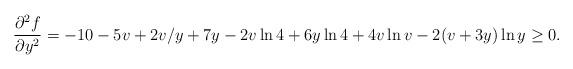
LaTeX: \begin{align*}\frac{\partial^2 f}{\partial y^2} = -10 - 5v + 2v/y + 7y - 2v\ln 4 + 6y\ln 4 + 4v\ln v - 2(v + 3y)\ln y\ge 0.\end{align*}